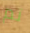
تم